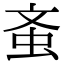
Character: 蚉